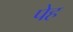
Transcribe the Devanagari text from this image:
पेह